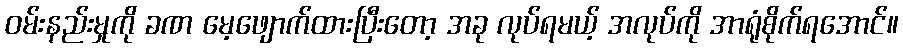
ဝမ်းနည်းမှုကို ခဏ မေ့ဖျောက်ထားပြီးတော့ အခု လုပ်ရမယ့် အလုပ်ကို အာရုံစိုက်ရအောင်။